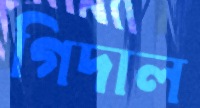
গিদাল